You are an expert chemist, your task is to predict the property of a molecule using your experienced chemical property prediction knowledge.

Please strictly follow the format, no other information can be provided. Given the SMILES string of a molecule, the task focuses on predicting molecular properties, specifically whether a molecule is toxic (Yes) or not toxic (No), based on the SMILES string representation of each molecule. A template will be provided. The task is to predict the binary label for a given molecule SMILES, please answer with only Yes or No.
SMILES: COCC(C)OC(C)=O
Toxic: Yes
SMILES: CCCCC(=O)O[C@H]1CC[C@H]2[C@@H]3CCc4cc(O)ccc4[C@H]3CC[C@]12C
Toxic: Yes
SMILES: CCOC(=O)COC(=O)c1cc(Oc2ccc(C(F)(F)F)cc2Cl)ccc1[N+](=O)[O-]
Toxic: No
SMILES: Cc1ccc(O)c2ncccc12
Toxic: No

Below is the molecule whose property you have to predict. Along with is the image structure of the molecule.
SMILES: Cc1cccc(N(C)C(=S)Oc2ccc3c(c2)C2CCC3C2)c1
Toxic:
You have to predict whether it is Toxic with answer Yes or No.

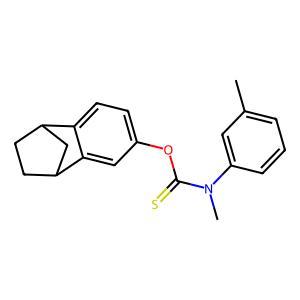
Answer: No